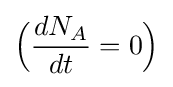
{\Bigl (}{\frac {dN_{A}}{dt}}=0{\Bigr )}